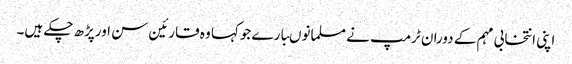
اپنی انتخابی مہم کے دوران ٹرمپ نے مسلمانوںبارے جوکہا وہ قارئین سن اورپڑھ چکے ہیں۔